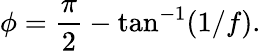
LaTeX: {\cal\phi}=\frac{\pi}{2}-\tan^{-1}(1/f).